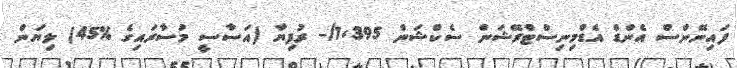
ފައިނޭންސް އެންޑް އެޑްމިނިސްޓްރޭޝަން ސެކްޝަން 1